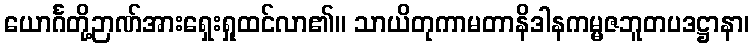
ယောင်္ဂတို့ဉာဏ်အားရှေးရှုထင်လာ၏။ သာယိတုကာမတာနိဒါနကမ္မဇဘူတပဒဋ္ဌာနာ၊